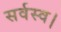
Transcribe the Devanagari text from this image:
सर्वस्व।